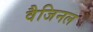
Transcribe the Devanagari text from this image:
वैजिनल